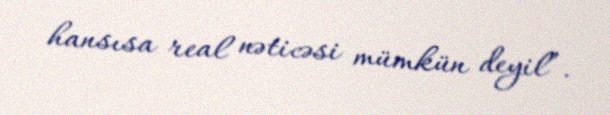
hansısa real nəticəsi mümkün deyil”.